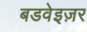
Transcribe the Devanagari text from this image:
बडवेइज़र